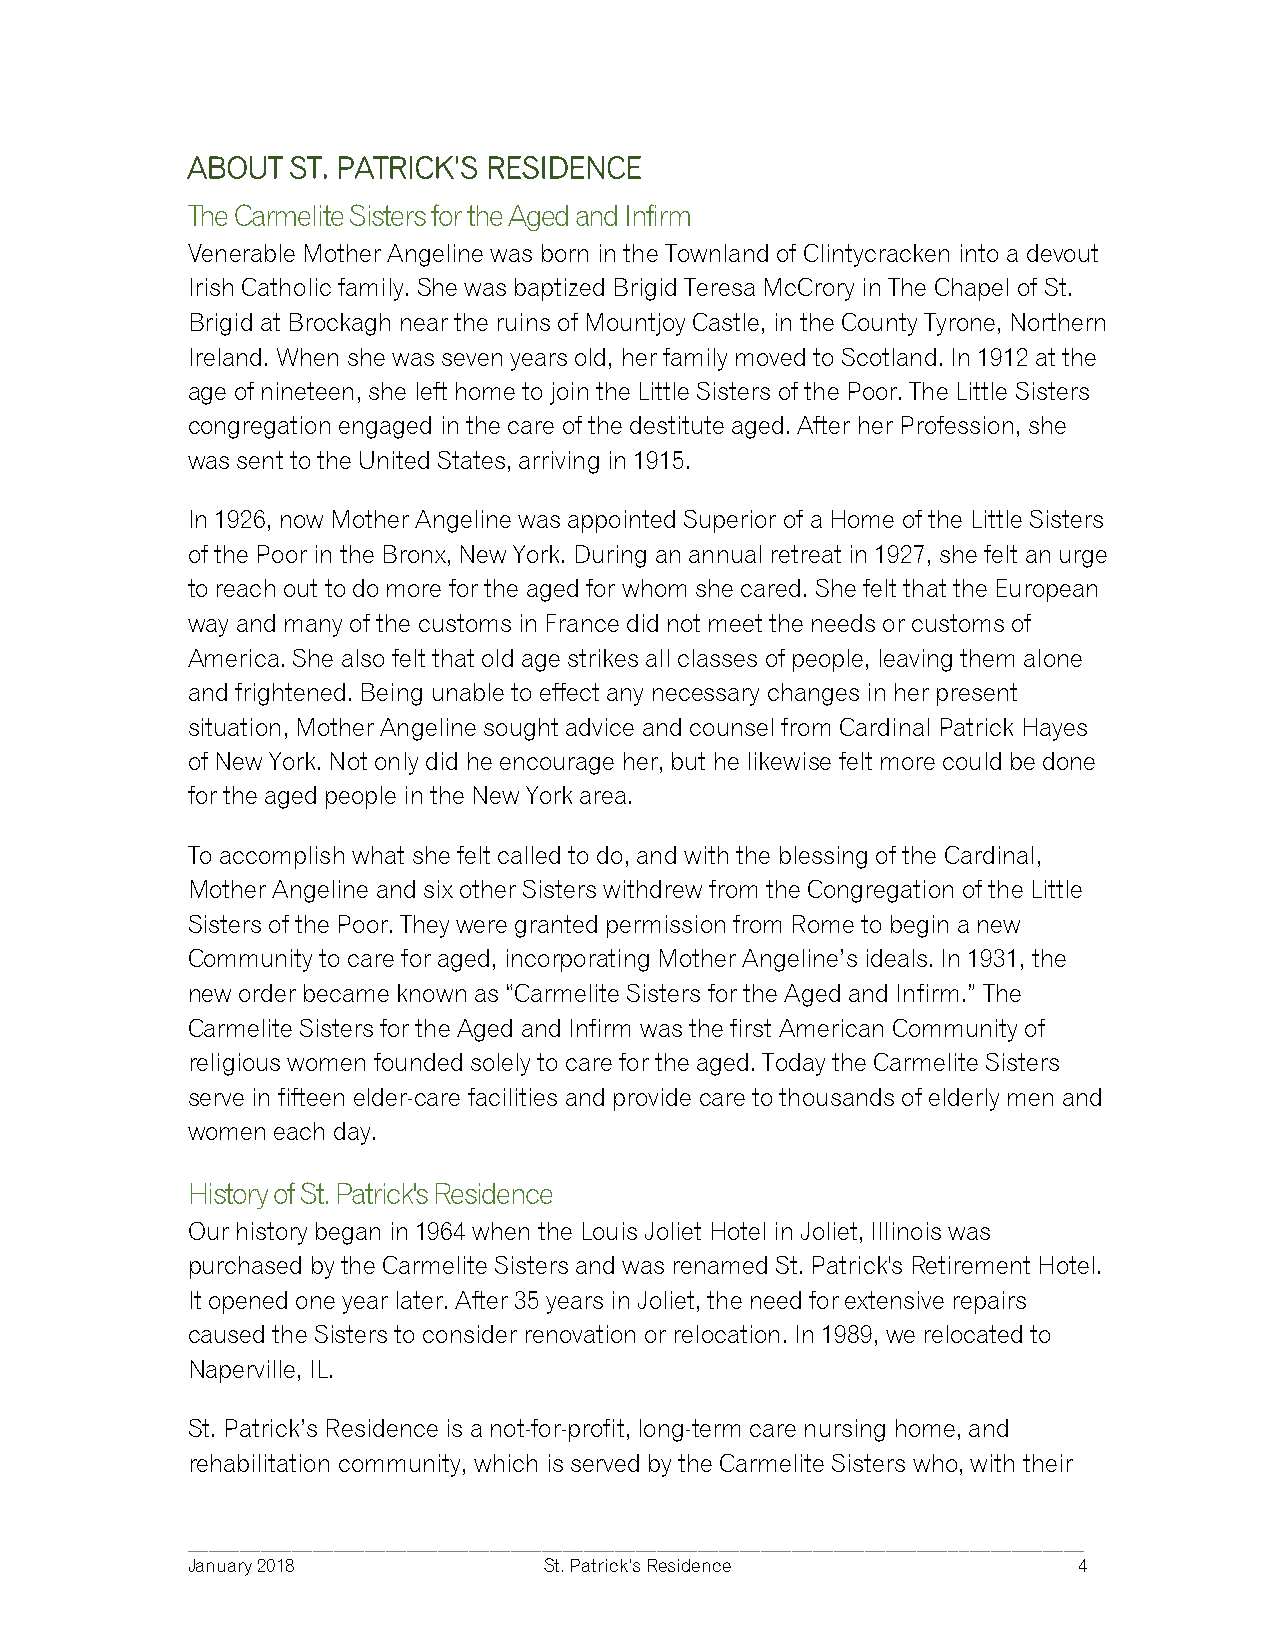
ABOUT  ST. PATRICK’S RESIDENCE
 The Carmelite Sisters for the Aged and Infirm
 Venerable Mother Angeline was born in the Townland of Clintycracken into a devout
 Irish Catholic family. She was baptized Brigid Teresa McCrory in The Chapel of St.
 Brigid at Brockagh near the ruins of Mountjoy Castle, in the County Tyrone, Northern
 Ireland. When she was seven years old, her family moved to Scotland. In 1912 at the
 age of nineteen, she left home to join the Little Sisters of the Poor. The Little Sisters
 congregation engaged in the care of the destitute aged. After her Profession, she
 was sent to the United States, arriving in 1915.
 In 1926, now Mother Angeline was appointed Superior of a Home of the Little Sisters
 of the Poor in the Bronx, New York. During an annual retreat in 1927, she felt an urge
 to reach out to do more for the aged for whom she cared. She felt that the European
 way and many of the customs in France did not meet the needs or customs of
 America. She also felt that old age strikes all classes of people, leaving them alone
 and frightened. Being unable to effect any necessary changes in her present
 situation, Mother Angeline sought advice and counsel from Cardinal Patrick Hayes
 of New York. Not only did he encourage her, but he likewise felt more could be done
 for the aged people in the New York area.
 To accomplish what she felt called to do, and with the blessing of the Cardinal,
 Mother Angeline and six other Sisters withdrew from the Congregation of the Little
 Sisters of the Poor. They were granted permission from Rome to begin a new
 Community to care for aged, incorporating Mother Angeline’s ideals. In 1931, the
 new order became known as “Carmelite Sisters for the Aged and Infirm.” The
 Carmelite Sisters for the Aged and Infirm was the first American Community of
 religious women founded solely to care for the aged. Today the Carmelite Sisters
 serve in fifteen elder-care facilities and provide care to thousands of elderly men and
 women each day.
 History of St. Patrick's Residence
 Our history began in 1964 when the Louis Joliet Hotel in Joliet, Illinois was
 purchased by the Carmelite Sisters and was renamed St. Patrick's Retirement Hotel.
 It opened one year later. After 35 years in Joliet, the need for extensive repairs
 caused the Sisters to consider renovation or relocation. In 1989, we relocated to
 Naperville, IL.
 St. Patrick’s Residence is a not-for-profit, long-term care nursing home, and
 rehabilitation community, which is served by the Carmelite Sisters who, with their
 ______________________________________________________________________________________
 January 2018            St. Patrick’s Residence            4